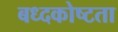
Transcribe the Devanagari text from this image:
बध्दकोष्टता